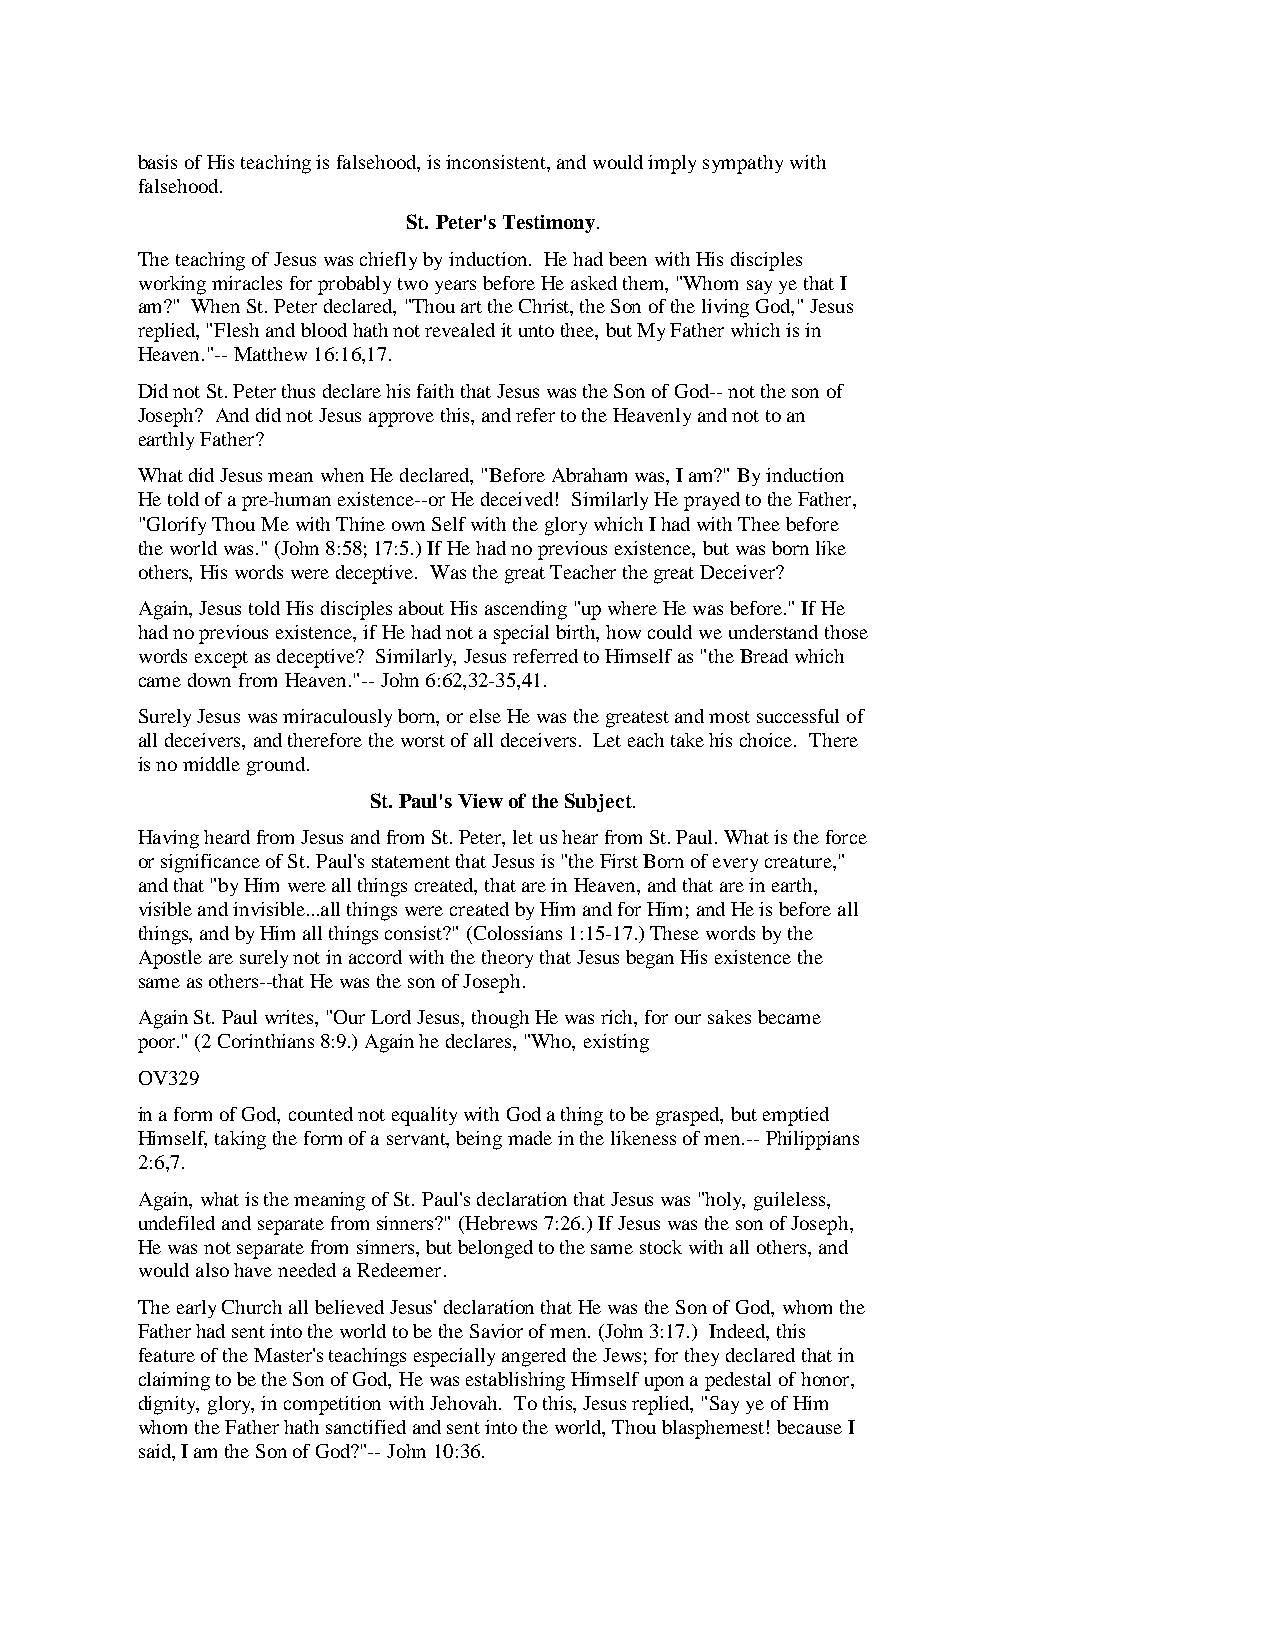
basis of His teaching is falsehood, is inconsistent, and would imply sympathy with
 falsehood.
 St. Peter's Testimony.
 The teaching of Jesus was chiefly by induction. He had been with His disciples
 working miracles for probably two years before He asked them, "Whom say ye that I
 am?" When St. Peter declared, "Thou art the Christ, the Son of the living God," Jesus
 replied, "Flesh and blood hath not revealed it unto thee, but My Father which is in
 Heaven."-- Matthew 16:16,17.
 Did not St. Peter thus declare his faith that Jesus was the Son of God-- not the son of
 Joseph? And did not Jesus approve this, and refer to the Heavenly and not to an
 earthly Father?
 What did Jesus mean when He declared, "Before Abraham was, I am?" By induction
 He told of a pre-human existence--or He deceived! Similarly He prayed to the Father,
 "Glorify Thou Me with Thine own Self with the glory which I had with Thee before
 the world was." (John 8:58; 17:5.) If He had no previous existence, but was born like
 others, His words were deceptive. Was the great Teacher the great Deceiver?
 Again, Jesus told His disciples about His ascending "up where He was before." If He
 had no previous existence, if He had not a special birth, how could we understand those
 words except as deceptive? Similarly, Jesus referred to Himself as "the Bread which
 came down from Heaven."-- John 6:62,32-35,41.
 Surely Jesus was miraculously born, or else He was the greatest and most successful of
 all deceivers, and therefore the worst of all deceivers. Let each take his choice. There
 is no middle ground.
 St. Paul's View of the Subject.
 Having heard from Jesus and from St. Peter, let us hear from St. Paul. What is the force
 or significance of St. Paul's statement that Jesus is "the First Born of every creature,"
 and that "by Him were all things created, that are in Heaven, and that are in earth,
 visible and invisible...all things were created by Him and for Him; and He is before all
 things, and by Him all things consist?" (Colossians 1:15-17.) These words by the
 Apostle are surely not in accord with the theory that Jesus began His existence the
 same as others--that He was the son of Joseph.
 Again St. Paul writes, "Our Lord Jesus, though He was rich, for our sakes became
 poor." (2 Corinthians 8:9.) Again he declares, "Who, existing
 OV329
 in a form of God, counted not equality with God a thing to be grasped, but emptied
 Himself, taking the form of a servant, being made in the likeness of men.-- Philippians
 2:6,7.
 Again, what is the meaning of St. Paul's declaration that Jesus was "holy, guileless,
 undefiled and separate from sinners?" (Hebrews 7:26.) If Jesus was the son of Joseph,
 He was not separate from sinners, but belonged to the same stock with all others, and
 would also have needed a Redeemer.
 The early Church all believed Jesus' declaration that He was the Son of God, whom the
 Father had sent into the world to be the Savior of men. (John 3:17.) Indeed, this
 feature of the Master's teachings especially angered the Jews; for they declared that in
 claiming to be the Son of God, He was establishing Himself upon a pedestal of honor,
 dignity, glory, in competition with Jehovah. To this, Jesus replied, "Say ye of Him
 whom the Father hath sanctified and sent into the world, Thou blasphemest! because I
 said, I am the Son of God?"-- John 10:36.